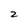
Character: 2